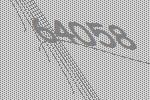
64058